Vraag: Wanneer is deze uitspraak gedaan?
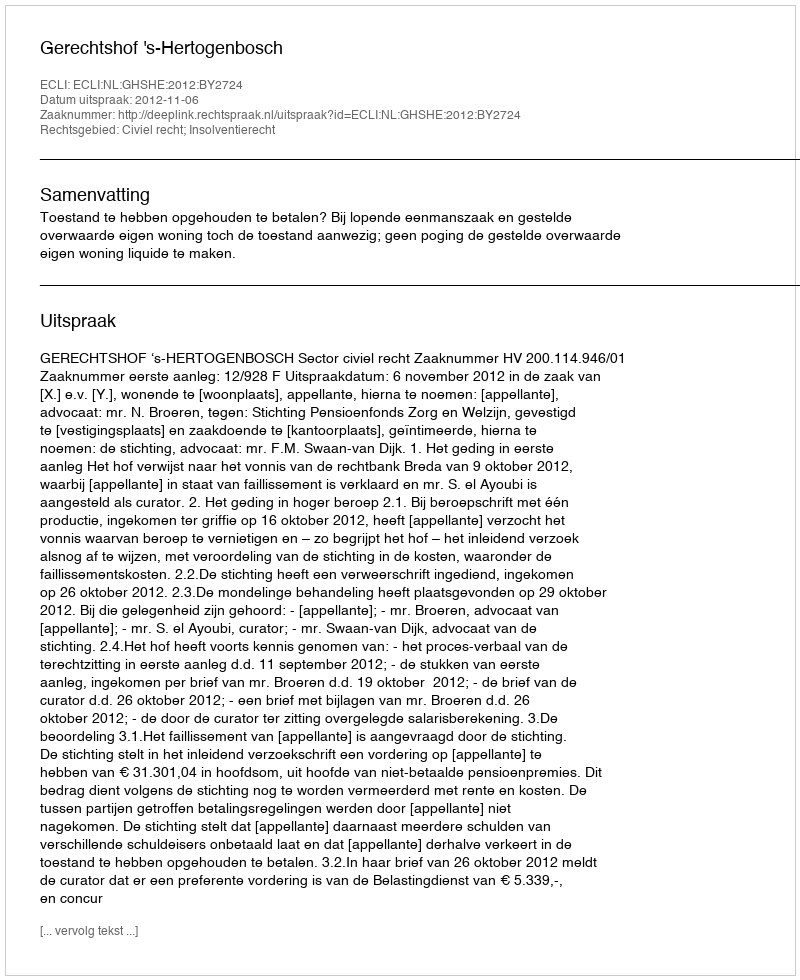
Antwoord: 2012-11-06